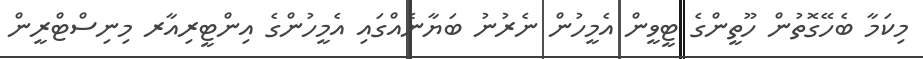
މިކަމާ ބެހޭގޮތުން ހޫތީންގެ ޓީވީން އެމީހުން ނެރުނު ބަޔާނެއްގައި އެމީހުންގެ އިންޓީރިއާރ މިނިސްޓްރީން